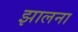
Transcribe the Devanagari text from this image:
झालना